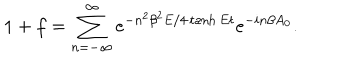
1 + f = \sum _ { n = - \infty } ^ { \infty } e ^ { - n ^ { 2 } \beta ^ { 2 } E / 4 \tanh E t } e ^ { - i n \beta A _ { 0 } } .